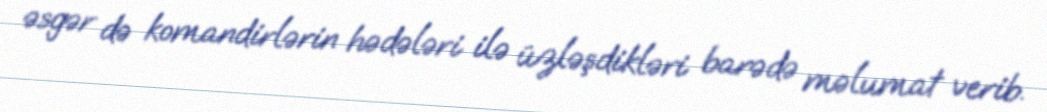
əsgər də komandirlərin hədələri ilə üzləşdikləri barədə məlumat verib.